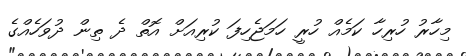
މިހާރު ހުރިހާ ކަމެއް ހުރީ ހަމަޖެހިފަ ކުރިއަށް އޮތް ދެ ތިން ދުވަހެއްގެ